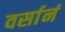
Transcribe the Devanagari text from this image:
वर्सानं